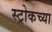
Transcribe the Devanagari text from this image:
स्ट्रोकच्या